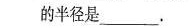
圆的半径是_____。